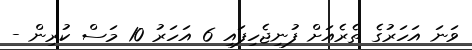
ވަނަ އަހަރުގެ ތެރެއަށް ފުނިޖެހިފައި 6 އަހަރު 10 މަސް ކުރިން -